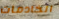
الخادمات